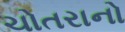
ચોતરાનો